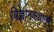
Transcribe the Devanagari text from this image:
विज्ञानकथातून